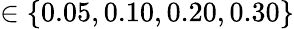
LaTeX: \in\{ 0.05,0.10,0.20,0.30\}